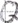
Text: Q